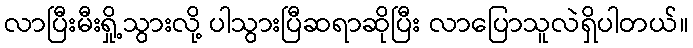
လာပြီးမီးရှို့သွားလို့ ပါသွားပြီဆရာဆိုပြီး လာပြောသူလဲရှိပါတယ်။